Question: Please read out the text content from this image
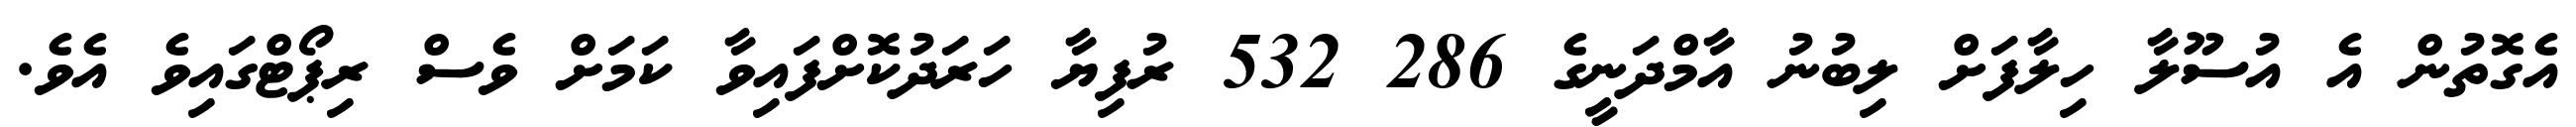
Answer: އެގޮތުން އެ އުސޫލާ ހިލާފަށް ލިބުނު އާމްދަނީގެ 286 532 ރުފިޔާ ހަރަދުކޮށްފައިވާ ކަމަށް ވެސް ރިޕޯޓްގައިވެ އެވެ.